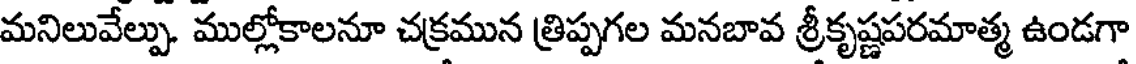
మనిలువేల్పు. ముల్లోకాలనూ చక్రమున త్రిప్పగల మనబావ శ్రీకృష్ణపరమాత్మ ఉండగా